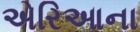
એરિઆના